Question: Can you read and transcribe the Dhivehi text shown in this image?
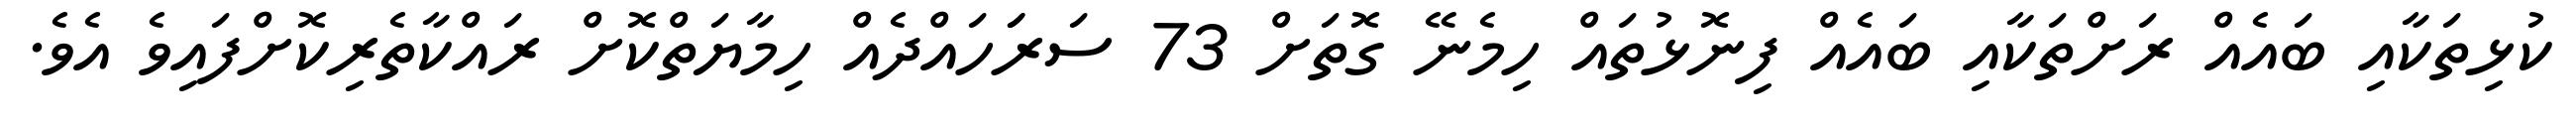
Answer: ކުޅިތަކާއި ބައެއް ރަށްތަކާއި ބައެއް ފިނޮޅުތައް ހިމެނޭ ގޮތަށް 73 ސަރަަހައްދެއް ހިމާޔަތްކޮށް ރައްކާތެރިކޮށްފައިވެ އެވެ.